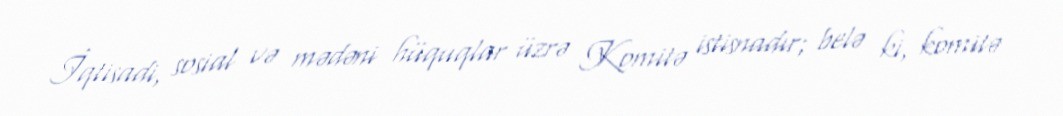
İqtisadi, sosial və mədəni hüquqlar üzrə Komitə istisnadır; belə ki, komitə